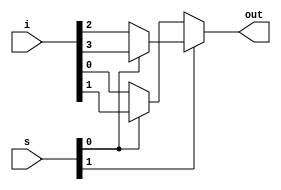
module mux_4x1(input [3:0] i, input [1:0] s, output out);

    assign out = s[1] ? s[0] ? i[3] : i[2] : s[0] ? i[1] : i[0];

endmodule